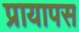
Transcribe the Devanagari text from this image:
प्रायापस